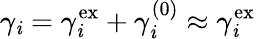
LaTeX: \gamma_{\mathit{i}}=\gamma_{\mathit{i}}^{\mathrm{{ex}}}+\gamma_{\mathit{i}}^{(0)}\approx\gamma_{\mathit{i}}^{\mathrm{{ex}}}